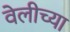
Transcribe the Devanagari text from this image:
वेलीच्या